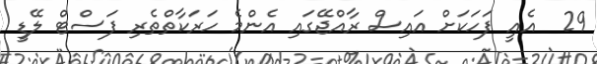
29  އެއީ ފަހަކަށް އައިސް ރާއްޖޭގައި އެންމެ ހަރަކާތްތެރި ފަސްޓް ލޭޑީ